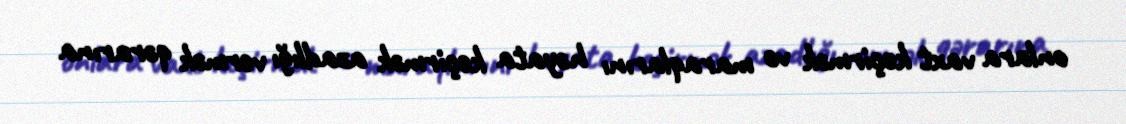
onlara vaxt keçirmək və maraqlarını həyata keçirmək azadlığı vermək qərarına